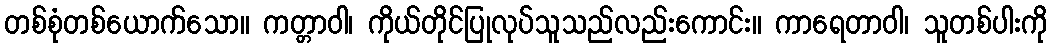
တစ်စုံတစ်ယောက်သော။ ကတ္တာဝါ၊ ကိုယ်တိုင်ပြုလုပ်သူသည်လည်းကောင်း။ ကာရေတာဝါ၊ သူတစ်ပါးကို